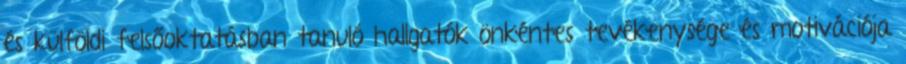
és külföldi felsőoktatásban tanuló hallgatók önkéntes tevékenysége és motivációja